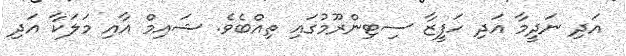
އަދި ނަދީމާ އަދި ހަފީޒާ ސިޓިންރޫމުގައި ތިއްބެވެ. ޝައިމް އާއި މަލަކާ އަދި